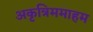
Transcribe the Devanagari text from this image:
अकृत्रिममाहम